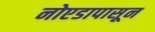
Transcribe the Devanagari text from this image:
नोएडापासून